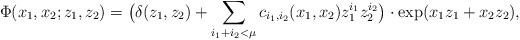
LaTeX: \begin{align*}\Phi(x_1, x_2; z_1, z_2) = \bigl(\delta(z_1, z_2) + \sum\limits_{i_1 + i_2 < \mu} c_{i_1, i_2}(x_1, x_2) z_1^{i_1} z_2^{i_2}\bigr) \cdot \exp(x_1 z_1 + x_2 z_2),\end{align*}